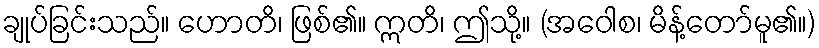
ချုပ်ခြင်းသည်။ ဟောတိ၊ ဖြစ်၏။ ဣတိ၊ ဤသို့။ (အဝေါစ၊ မိန့်တော်မူ၏။)